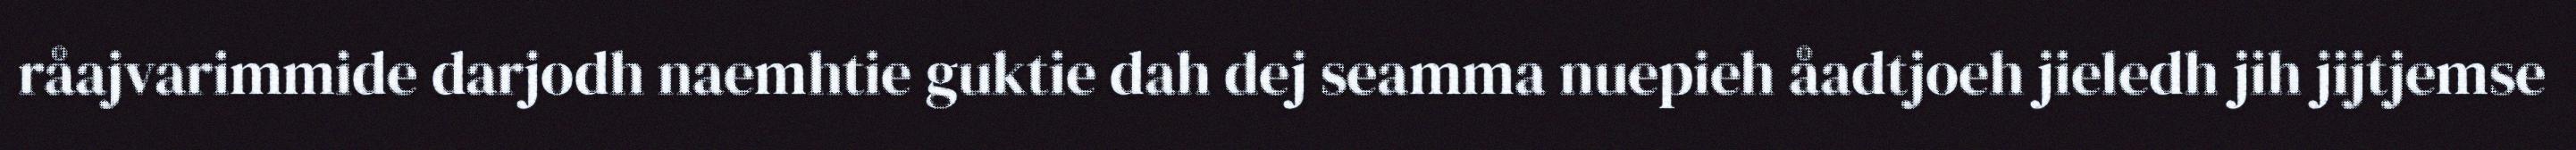
råajvarimmide darjodh naemhtie guktie dah dej seamma nuepieh åadtjoeh jieledh jih jijtjemse